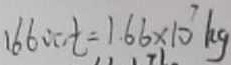
1 6 6 0 0 t = 1 . 6 6 \times 1 0 ^ { 7 } k g